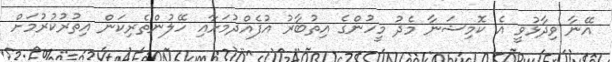
އޭނާ ވިދާޅުވީ އެ ކޮމިޝަނާ މެދު މީހުންގެ އިތުބާރު އުފެއްދުމަށާއި ހޭލުންތެރިކަން އިތުރުކުރުމަށް